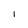
Character: I